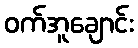
ဝက်အူချောင်း